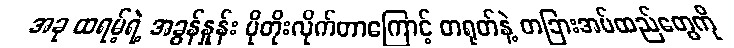
အခု ထရမ့်ရဲ့ အခွန်နှုန်း ပိုတိုးလိုက်တာကြောင့် တရုတ်နဲ့ တခြားအပ်ထည်တွေကို